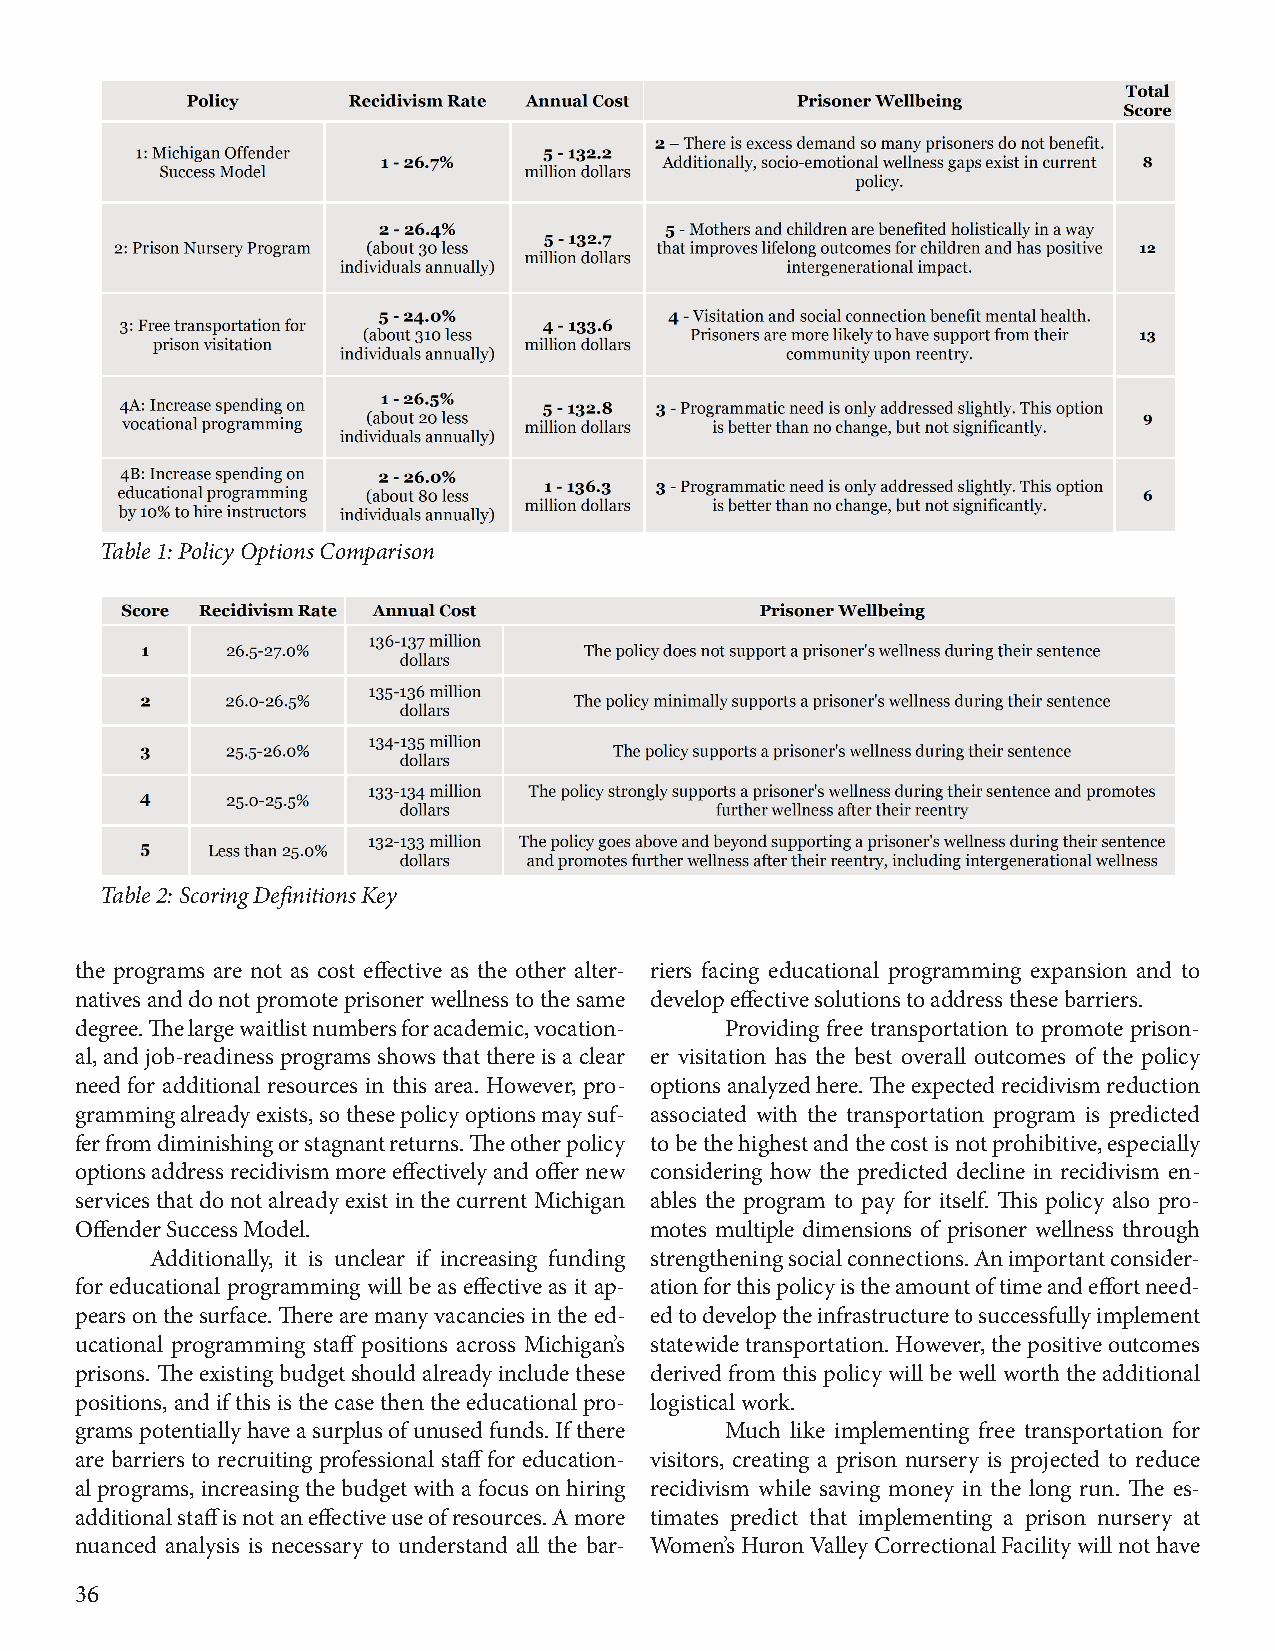
Table 1: Policy Options Comparison
 Table 2: Scoring Definitions Key
 the programs are not as cost effective as the other alter- riers facing educational programming expansion and to
 natives and do not promote prisoner wellness to the same develop effective solutions to address these barriers.
 degree. The large waitlist numbers for academic, vocation- Providing free transportation to promote prison-
 al, and job-readiness programs shows that there is a clear er visitation has the best overall outcomes of the policy
 need for additional resources in this area. However, pro- options analyzed here. The expected recidivism reduction
 gramming already exists, so these policy options may suf- associated with the transportation program is predicted
 fer from diminishing or stagnant returns. The other policy to be the highest and the cost is not prohibitive, especially
 options address recidivism more effectively and offer new considering how the predicted decline in recidivism en-
 services that do not already exist in the current Michigan ables the program to pay for itself. This policy also pro-
 Offender Success Model.               motes multiple dimensions of prisoner wellness through
 Additionally, it is unclear if increasing funding strengthening social connections. An important consider-
 for educational programming will be as effective as it ap- ation for this policy is the amount of time and effort need-
 pears on the surface. There are many vacancies in the ed- ed to develop the infrastructure to successfully implement
 ucational programming staff positions across Michigan’s statewide transportation. However, the positive outcomes
 prisons. The existing budget should already include these derived from this policy will be well worth the additional
 positions, and if this is the case then the educational pro- logistical work.
 grams potentially have a surplus of unused funds. If there Much like implementing free transportation for
 are barriers to recruiting professional staff for education- visitors, creating a prison nursery is projected to reduce
 al programs, increasing the budget with a focus on hiring recidivism while saving money in the long run. The es-
 additional staff is not an effective use of resources. A more timates predict that implementing a prison nursery at
 nuanced analysis is necessary to understand all the bar- Women’s Huron Valley Correctional Facility will not have
 36